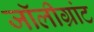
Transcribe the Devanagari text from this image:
जॉलीग्रांट